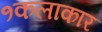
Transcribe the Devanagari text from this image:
१कलाकार